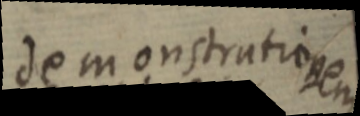
demonstrationem